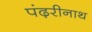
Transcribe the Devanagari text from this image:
पंढ़रीनाथ